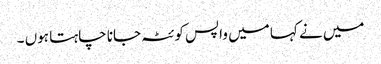
میں نے کہا میں واپس کوئٹہ جانا چاہتا ہوں ۔